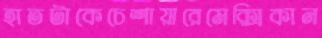
হাতটাকেচেশায়ারেমেক্সিকান